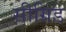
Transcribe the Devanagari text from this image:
सीग्रिड